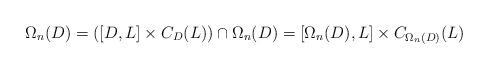
LaTeX: \begin{align*}\Omega_n(D)=([D,L]\times C_D(L))\cap \Omega_n(D)=[\Omega_n(D),L]\times C_{\Omega_n(D)}(L)\end{align*}